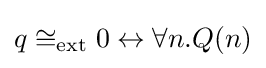
q\cong _{\mathrm {ext} }0\leftrightarrow \forall n.Q(n)